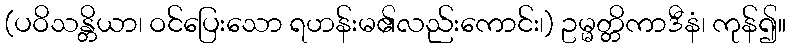
(ပဝိသန္တိယာ၊ ဝင်ပြေးသော ရဟန်းမ၏လည်းကောင်း၊) ဥမ္မတ္တိကာဒီနံ၊ ကုန်၍။